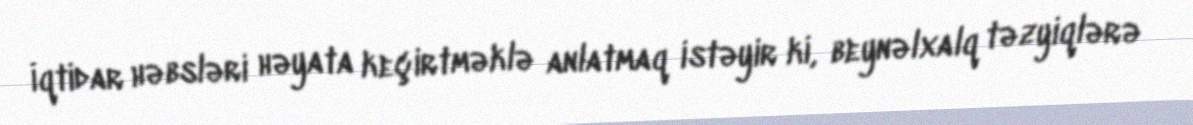
İqtidar həbsləri həyata keçirtməklə anlatmaq istəyir ki, beynəlxalq təzyiqlərə